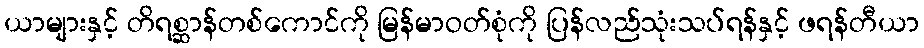
ယာများနှင့် တိရစ္ဆာန်တစ်ကောင်ကို မြန်မာဝတ်စုံကို ပြန်လည်သုံးသပ်ရန်နှင့် ဖရန်တီယာ